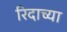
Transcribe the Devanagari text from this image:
रिदाच्या